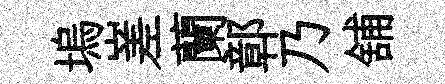
塢嵳蘭鄣乃舖